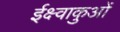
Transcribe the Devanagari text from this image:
ईक्ष्वाकुओं